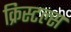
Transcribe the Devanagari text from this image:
क्रिस्टल्स